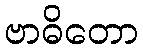
ဗာဓိတော